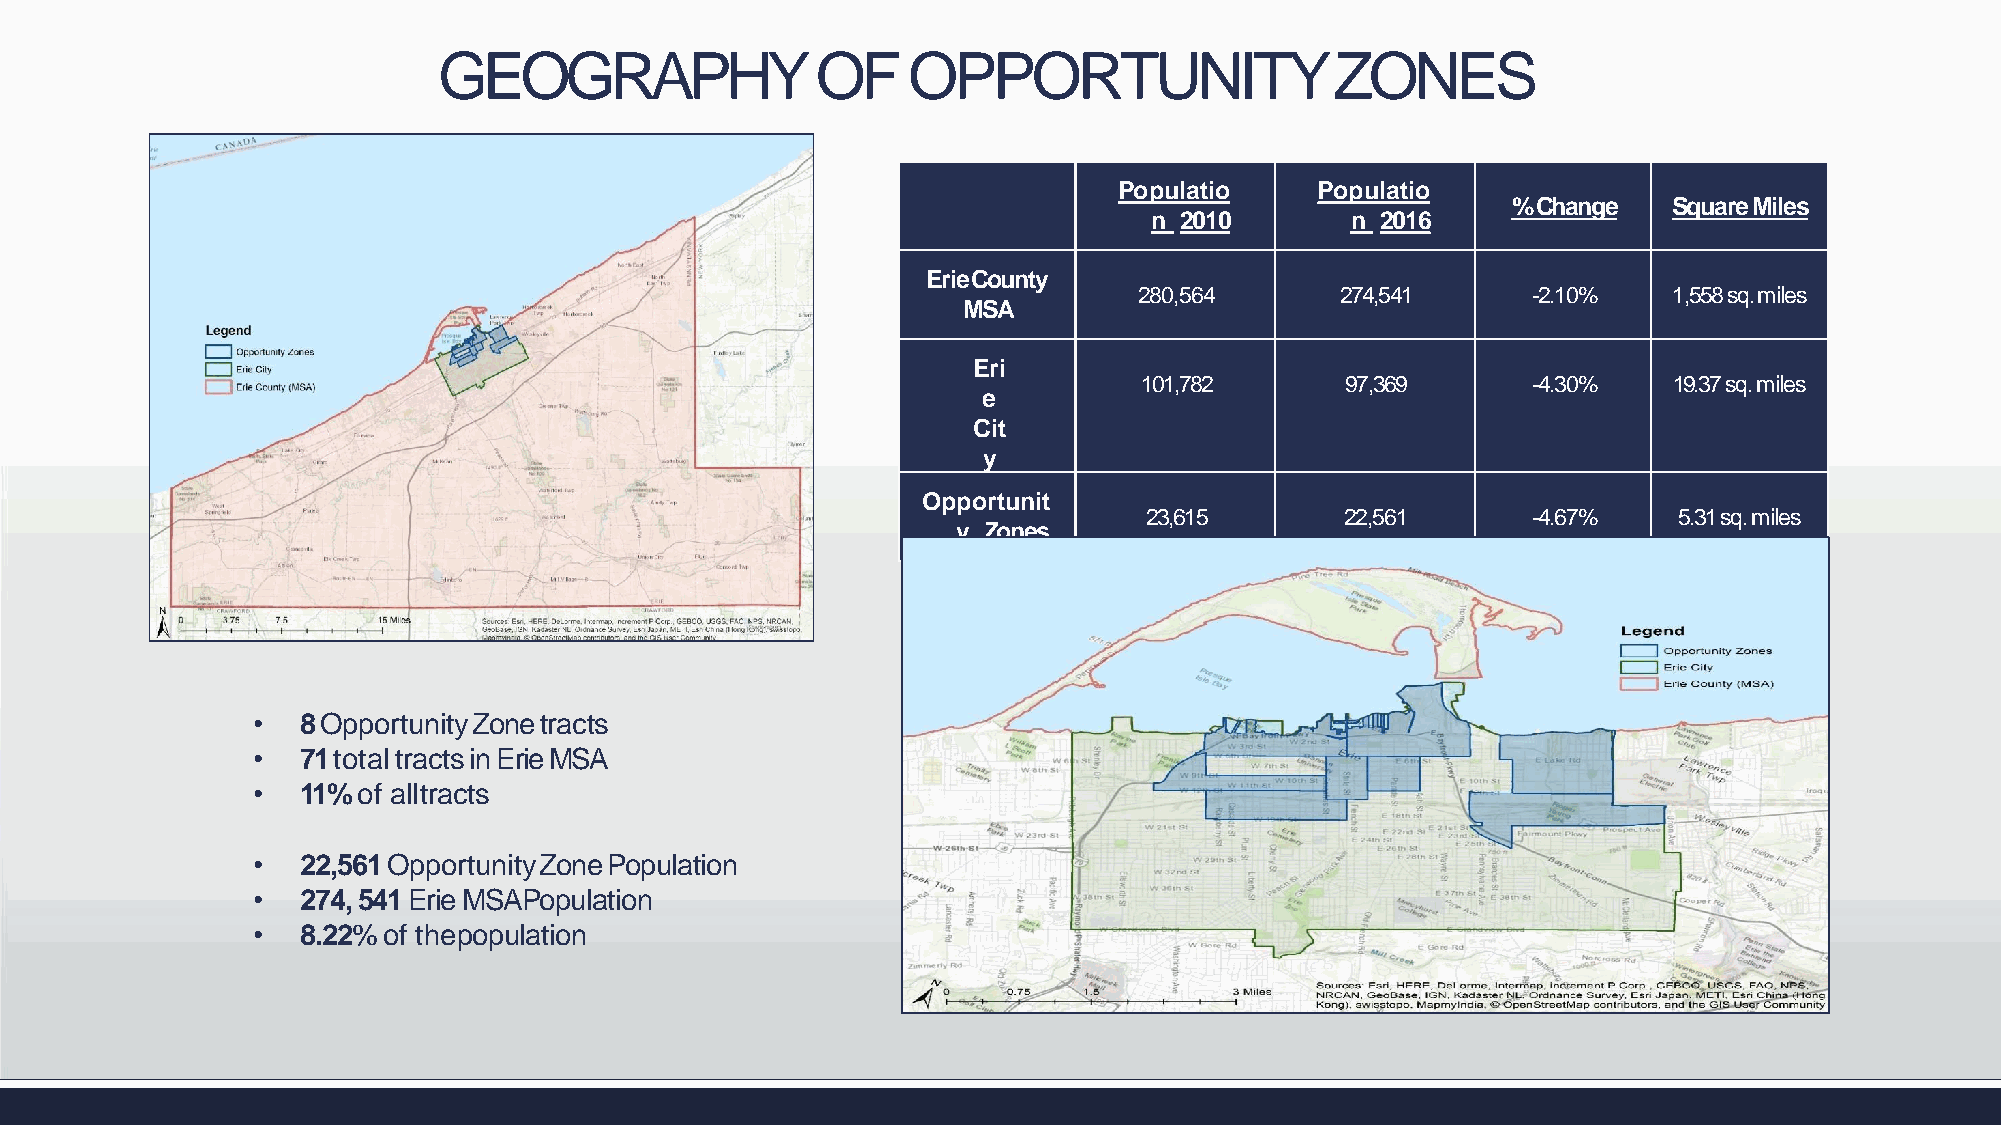
GEOGRAPHY                OF    OPPORTUNITYZONES
 Populatio    Populatio
 %Change    SquareMiles
 n 2010       n 2016
 ErieCounty
 280,564       274,541     -2.10%    1,558 sq.miles
 MSA
 Eri
 101,782      97,369      -4.30%    19.37 sq.miles
 e
 Cit
 y
 Opportunit
 23,615       22,561      -4.67%    5.31 sq.miles
 y Zones
 •  8OpportunityZonetracts
 •  71totaltractsinErieMSA
 •  11% of alltracts
 •  22,561OpportunityZonePopulation
 •  274, 541 Erie MSAPopulation
 •  8.22% of thepopulation